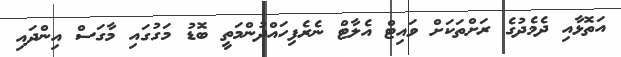
އަތޮޅާއި ދެމެދުގެ ރަށްތަކަށް ވައިޓް އެލާޓް ނެރެފިހައްދުންމަތީ ބޮޑު މަގުގައި މާގަސް އިންދައި